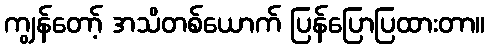
ကျွန်တော့် အသိတစ်ယောက် ပြန်ပြောပြထားတာ။